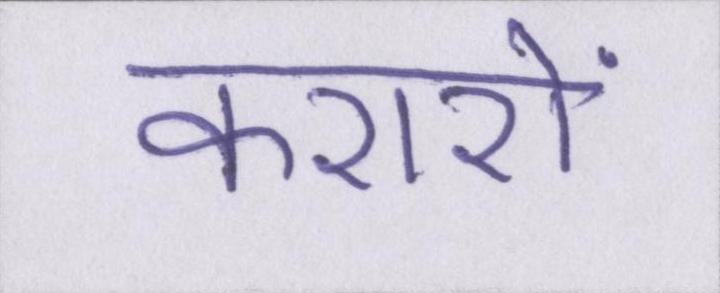
करारों